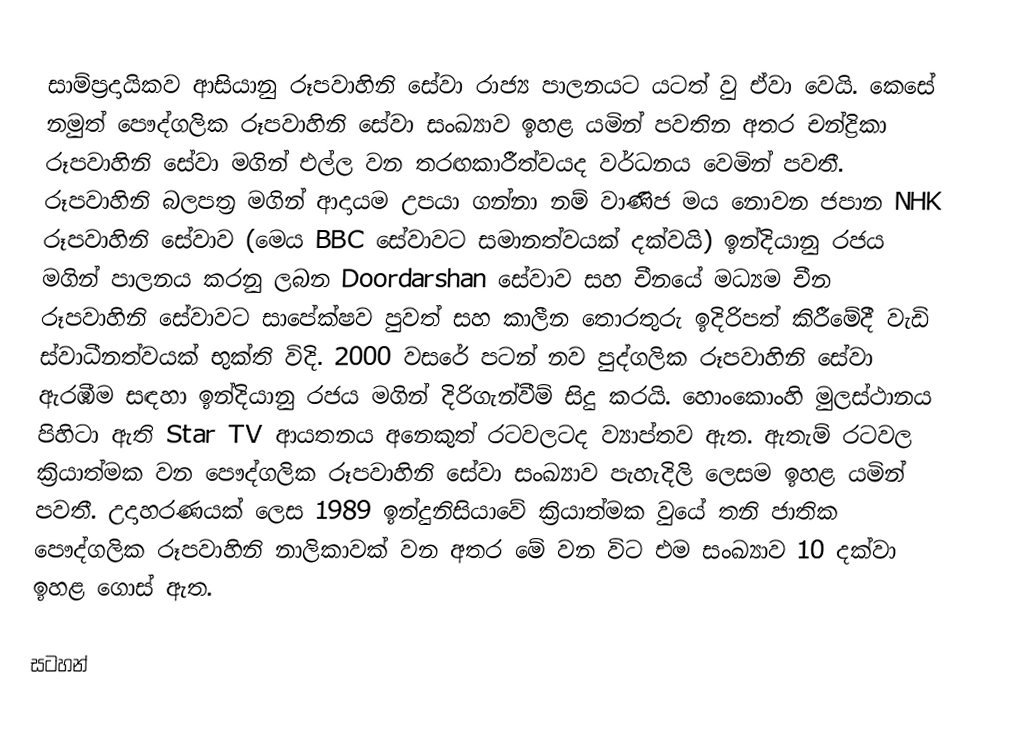
සාම්ප්‍රදායිකව ආසියානු රූපවාහිනි සේවා රාජ්‍ය පාලනයට යටත් වු ඒවා වෙයි. කෙසේ නමුත් පෞද්ගලික රූපවාහිනි සේවා සංඛ්‍යාව ඉහළ යමින් පවතින අතර චන්ද්‍රිකා රූපවාහිනි සේවා මගින් එල්ල වන තරඟකාරීත්වයද වර්ධනය වෙමින් පවතී. රූපවාහිනි බලපත්‍ර මගින් ආදායම උපයා ගන්නා නම් වාණිජ මය නොවන ජපාන NHK රූපවාහිනි සේවාව (මෙය BBC සේවාවට සමානත්වයක් දක්වයි) ඉන්දියානු රජය මගින් පාලනය කරනු ලබන Doordarshan සේවාව සහ චීනයේ මධ්‍යම චීන රූපවාහිනි සේවාවට සාපේක්ෂව පුවත් සහ කාලීන තොරතුරු ඉදිරිපත් කිරීමේදී වැඩි ස්වාධීනත්වයක් භුක්ති විදි. 2000 වසරේ පටන් නව පුද්ගලික රූපවාහිනි සේවා ඇරඹීම සඳහා ඉන්දියානු රජය මගින් දිරිගැන්වීම් සිදු කරයි. හොංකොංහි මුලස්ථානය පිහිටා ඇති Star TV ආයතනය අනෙකුත් රටවලටද ව්‍යාප්තව ඇත. ඇතැම් රටවල ක්‍රියාත්මක වන පෞද්ගලික රූපවාහිනි සේවා සංඛ්‍යාව පැහැදිලි ලෙසම ඉහළ යමින් පවතී. උදාහරණයක් ලෙස 1989 ඉන්දුනිසියාවේ ක්‍රියාත්මක වුයේ තනි ජාතික පෞද්ගලික රූපවාහිනි නාලිකාවක් වන අතර මේ වන විට එම සංඛ්‍යාව 10 දක්වා ඉහළ ගොස් ඇත.

සටහන්